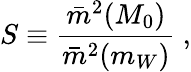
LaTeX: S\equiv\frac{\bar{m}^{2}(M_{0})}{\bar{m}^{2}(m_{W})}\ ,